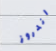
اندروز